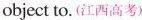
object to. (江西高考)